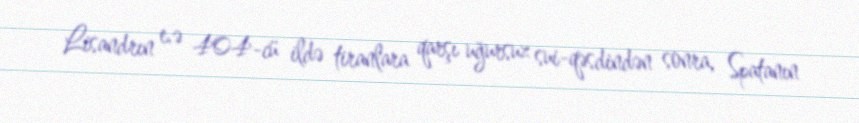
Lisandrın e.ə 404-cü ildə tiranlara qarşı uğursuz sui-qəsdindən sonra, Spatanın